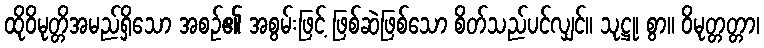
ထိုဝိမုတ္တိအမည်ရှိသော အစဉ်၏ အစွမ်းဖြင့် ဖြစ်ဆဲဖြစ်သော စိတ်သည်ပင်လျှင်။ သုဋ္ဌု၊ စွာ။ ဝိမုတ္တတ္တာ၊